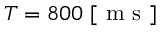
T = 8 0 0 ~ [ \mathrm { ~ m ~ s ~ } ]